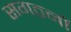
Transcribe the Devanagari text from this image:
सगठनों